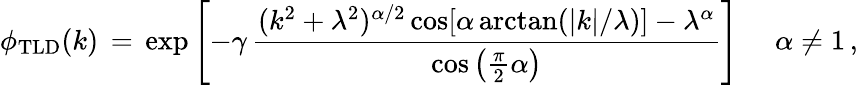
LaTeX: \phi_{\mathrm{TLD}}(k)\, =\, \exp\left[-\gamma\, \frac{(k^{2}+\lambda^{2})^{\alpha/2}\cos[\alpha\arctan(|k|/\lambda)]-\lambda^{\alpha}}{\cos\left(\frac{\pi}{2}\alpha\right)}\right]\quad\, \, \alpha\neq 1\, ,